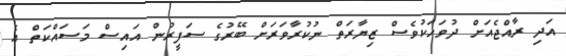
އަދި ރާއްޖެއަށް ދުވަހަކުވެސް ޒިޔާރަތް ނުކުރާވަރަށް ބޭރުގެ ސަފީރުން އައިސް މަސައްކަތް އެ